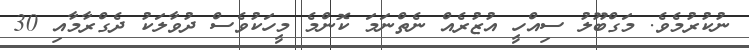
ނުކުރުމެވެ. މަގްބޫލު ސިއްހީ އުޒުރެއް ނެތްނަމަ ކޮންމެ މީހަކުވެސް ދުވާލަކު ދެގްރާމާއި 30